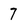
Character: 7